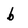
Character: b